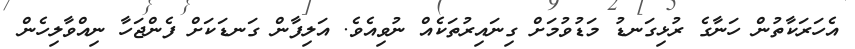
އެހަރަކާތުން ހަނާގެ ރުޅިގަނޑު މަޑުވުމަށް ގިނައިރުތަކެއް ނުވިއެވެ. އަލިފާން ގަނޑަކަށް ފެންޖަހާ ނިއްވާލިހެން